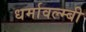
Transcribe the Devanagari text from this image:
धर्मावल्म्बी